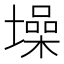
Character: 𪤢